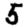
Digit: 5